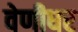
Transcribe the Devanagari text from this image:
वेणीधर